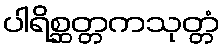
ပါရိစ္ဆတ္တကသုတ္တံ